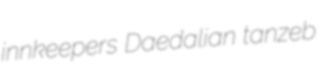
innkeepers Daedalian tanzeb